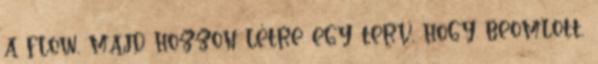
a flow, majd hozzon létre egy terv, hogy beomlott,